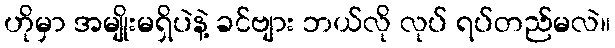
ဟိုမှာ အမျိုးမရှိပဲနဲ့ ခင်ဗျား ဘယ်လို လုပ် ရပ်တည်မလဲ။